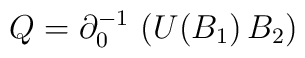
Q = \partial_0^{-1} \, \left( U(B_1)\, B_2 \right)